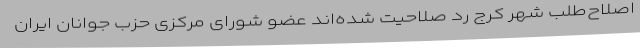
اصلاح‌طلب شهر کرج رد صلاحیت شده‌اند عضو شورای مرکزی حزب جوانان ایران